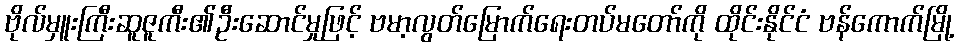
ဗိုလ်မှူးကြီးဆူဇူကီး၏ဦးဆောင်မှုဖြင့် ဗမာ့လွတ်မြောက်ရေးတပ်မတော်ကို ထိုင်းနိုင်ငံ ဗန်ကောက်မြို့